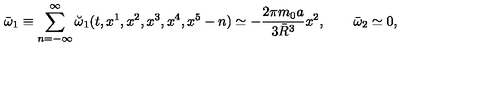
\bar { \omega } _ { 1 } \equiv \sum _ { n = - \infty } ^ { \infty } \breve { \omega } _ { 1 } ( t , x ^ { 1 } , x ^ { 2 } , x ^ { 3 } , x ^ { 4 } , x ^ { 5 } - n ) \simeq - { \frac { 2 \pi m _ { 0 } a } { 3 \bar { R } ^ { 3 } } } x ^ { 2 } , \qquad \bar { \omega } _ { 2 } \simeq 0 ,